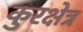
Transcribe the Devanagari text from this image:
कुरक्षेत्र